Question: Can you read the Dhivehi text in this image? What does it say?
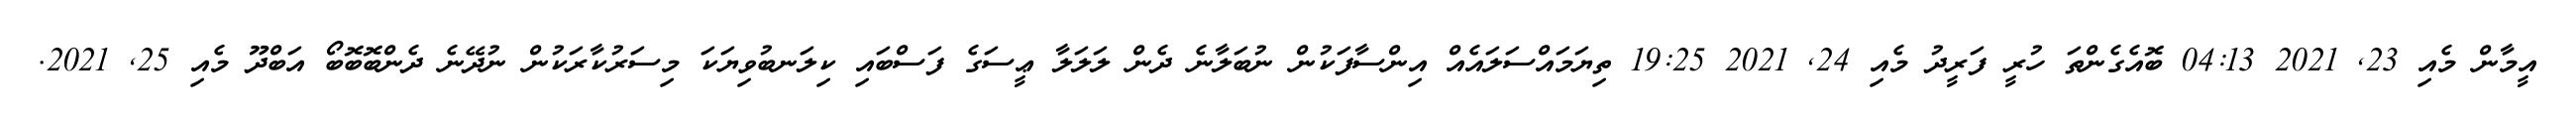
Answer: އީމާން މެއި 23, 2021 04:13 ބޮއެގެންތަ ހުރީ ފަރީދު މެއި 24, 2021 19:25 ތިޔަމައްސަލައެއް އިންސާފަކުން ނުބަލާނެ ދެން ލަލަލާ ޢީސަގެ ފަސްބައި ކިލަނބުވިޔަކަ މިސަރުކާރަކުން ނުދޭނެ ދެންބޮބޮބޯ އަބްދޫ މެއި 25, 2021.